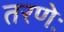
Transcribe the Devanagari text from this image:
तरणेः